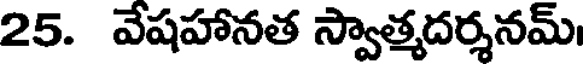
25. వేషహానత స్వాత్మదర్శనమ్